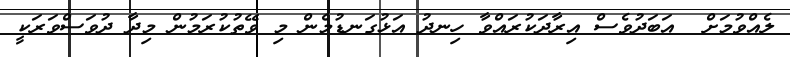
ލެއްވުމަށް  އަބަދުވެސް އިރާދަކުރައްވާ ހިނދު އަޅުގަނޑުމެން މި ވޭތުކުރަމުން މިދާ ދުވަސްވަރަކީ